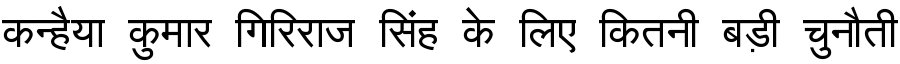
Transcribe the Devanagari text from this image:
कन्हैया कुमार गिरिराज सिंह के लिए कितनी बड़ी चुनौती